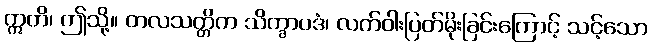
ဣတိ၊ ဤသို့။ တလသတ္တိက သိက္ခာပဒံ၊ လက်ဝါးပြတ်မိုးခြင်းကြောင့် သင့်သော